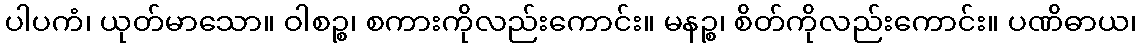
ပါပကံ၊ ယုတ်မာသော။ ဝါစဉ္စ၊ စကားကိုလည်းကောင်း။ မနဉ္စ၊ စိတ်ကိုလည်းကောင်း။ ပဏိဓာယ၊